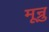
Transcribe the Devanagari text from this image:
मून्रु